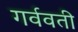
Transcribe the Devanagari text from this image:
गर्ववती